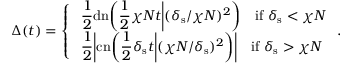
\Delta ( t ) = \left\{ \begin{array} { l l } { \displaystyle \; \frac { 1 } { 2 } \mathrm { d n } \bigg ( \frac { 1 } { 2 } \chi N t \bigg | ( \delta _ { \mathrm { s } } / \chi N ) ^ { 2 } \bigg ) \quad \mathrm { i f } \; \delta _ { \mathrm { s } } < \chi N } \\ { \displaystyle \; \frac { 1 } { 2 } \bigg | \mathrm { c n } \bigg ( \frac { 1 } { 2 } \delta _ { \mathrm { s } } t \bigg | ( \chi N / \delta _ { \mathrm { s } } ) ^ { 2 } \bigg ) \bigg | \quad \mathrm { i f } \; \delta _ { \mathrm { s } } > \chi N } \end{array} \right. .